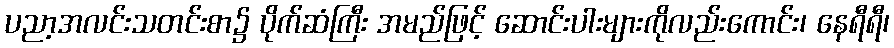
ပညာ့အလင်းသတင်းစာ၌ ပိုက်ဆံကြီး အမည်ဖြင့် ဆောင်းပါးများကိုလည်းကောင်း၊ နေရီရီ၊